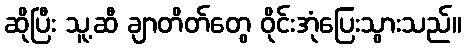
ဆိုပြီး သူ့ဆီ ချာတိတ်တွေ ဝိုင်းအုံပြေးသွားသည်။